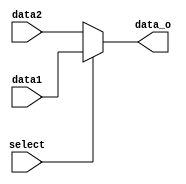
module MUX9b(
 	input [8:0] data1,//value1
 	input [8:0] data2,//value2
 	input select,//control
 	output [8:0] data_o//output
);
assign data_o=(select)?data1:data2;//if select is 1,output is data1.if select is 0,output is data2.


endmodule